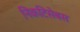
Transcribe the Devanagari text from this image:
निकटिसेबस